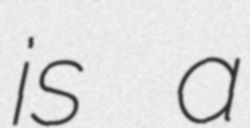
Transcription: is a